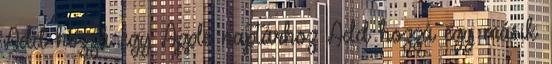
Add hozzá egy Apple naptárhoz Add hozzá egy másik